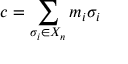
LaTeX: c = \sum _ { \sigma _ { i } \in X _ { n } } m _ { i } \sigma _ { i }